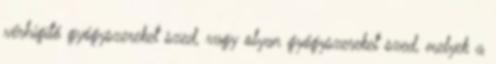
vérhígító gyógyszereket szed, vagy olyan gyógyszereket szed, melyek a